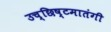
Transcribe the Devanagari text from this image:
उच्छिष्टमातंगी